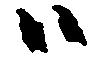
ハ